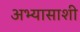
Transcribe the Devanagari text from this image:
अभ्यासाशी